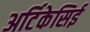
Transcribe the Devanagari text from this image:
अर्टिकेसिई